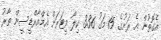
އެގޮތުން އެ ރަށުގެ 15 މަގު 3.36 ކިލޯ މީޓަރަށް އެމްއާރްޑީސީން ތާރު